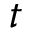
t